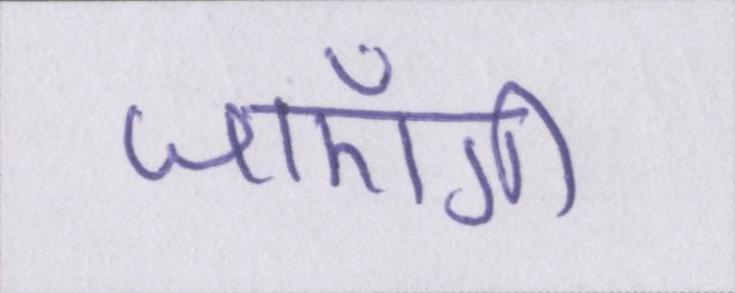
जाएँगी